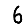
Digit: 6